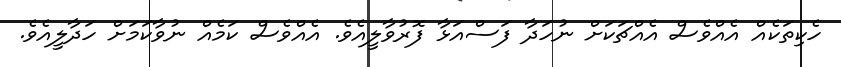
ހެކިތަކެއް އެއްވެސް އެއްޗަކަށް ނުހަދާ ފަސްއަޅާ ފޮރުވާލީއެވެ. އެއްވެސް ކަމެއް ނުވާކަމަށް ހަދާލީއެވެ.